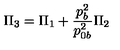
\Pi _ { 3 } = \Pi _ { 1 } + { \frac { p _ { b } ^ { 2 } } { p _ { 0 b } ^ { 2 } } } \Pi _ { 2 }